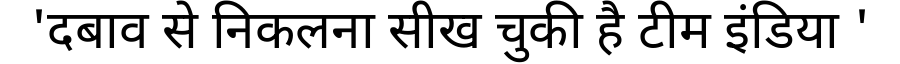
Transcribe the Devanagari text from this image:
'दबाव से निकलना सीख चुकी है टीम इंडिया '